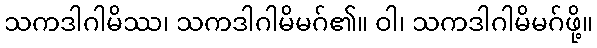
သကဒါဂါမိဿ၊ သကဒါဂါမိမဂ်၏။ ဝါ၊ သကဒါဂါမိမဂ်ဖို့။